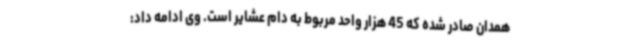
همدان صادر شده که 45 هزار واحد مربوط به دام عشایر است. وی ادامه داد: